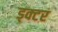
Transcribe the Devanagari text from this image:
ड्क्टर